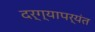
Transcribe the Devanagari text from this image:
दर्ग्यापर्यंत